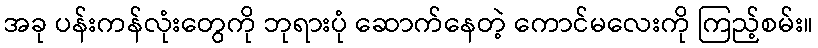
အခု ပန်းကန်လုံးတွေကို ဘုရားပုံ ဆောက်နေတဲ့ ကောင်မလေးကို ကြည့်စမ်း။